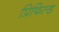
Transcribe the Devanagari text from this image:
प्रिफिल्ड